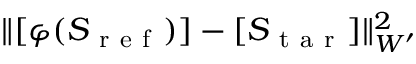
\lVert [ \varphi ( S _ { \mathrm { ~ r ~ e ~ f ~ } } ) ] - [ S _ { \mathrm { ~ t ~ a ~ r ~ } } ] \rVert _ { W ^ { \prime } } ^ { 2 }